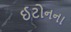
ઈટોનના